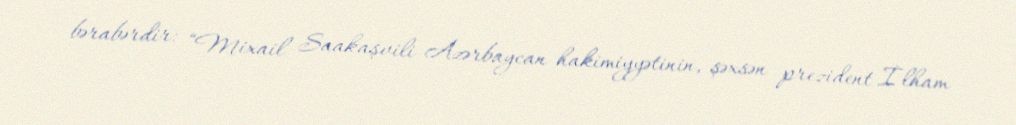
bərabərdir: “Mixail Saakaşvili Azərbaycan hakimiyyətinin, şəxsən prezident İlham